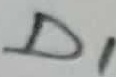
Text: D1